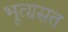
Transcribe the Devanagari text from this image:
भूत्ग्रसत